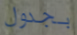
بجدول